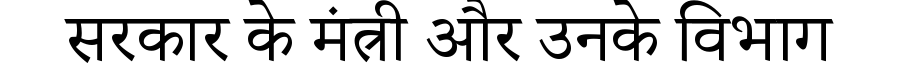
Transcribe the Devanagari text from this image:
सरकार के मंत्री और उनके विभाग